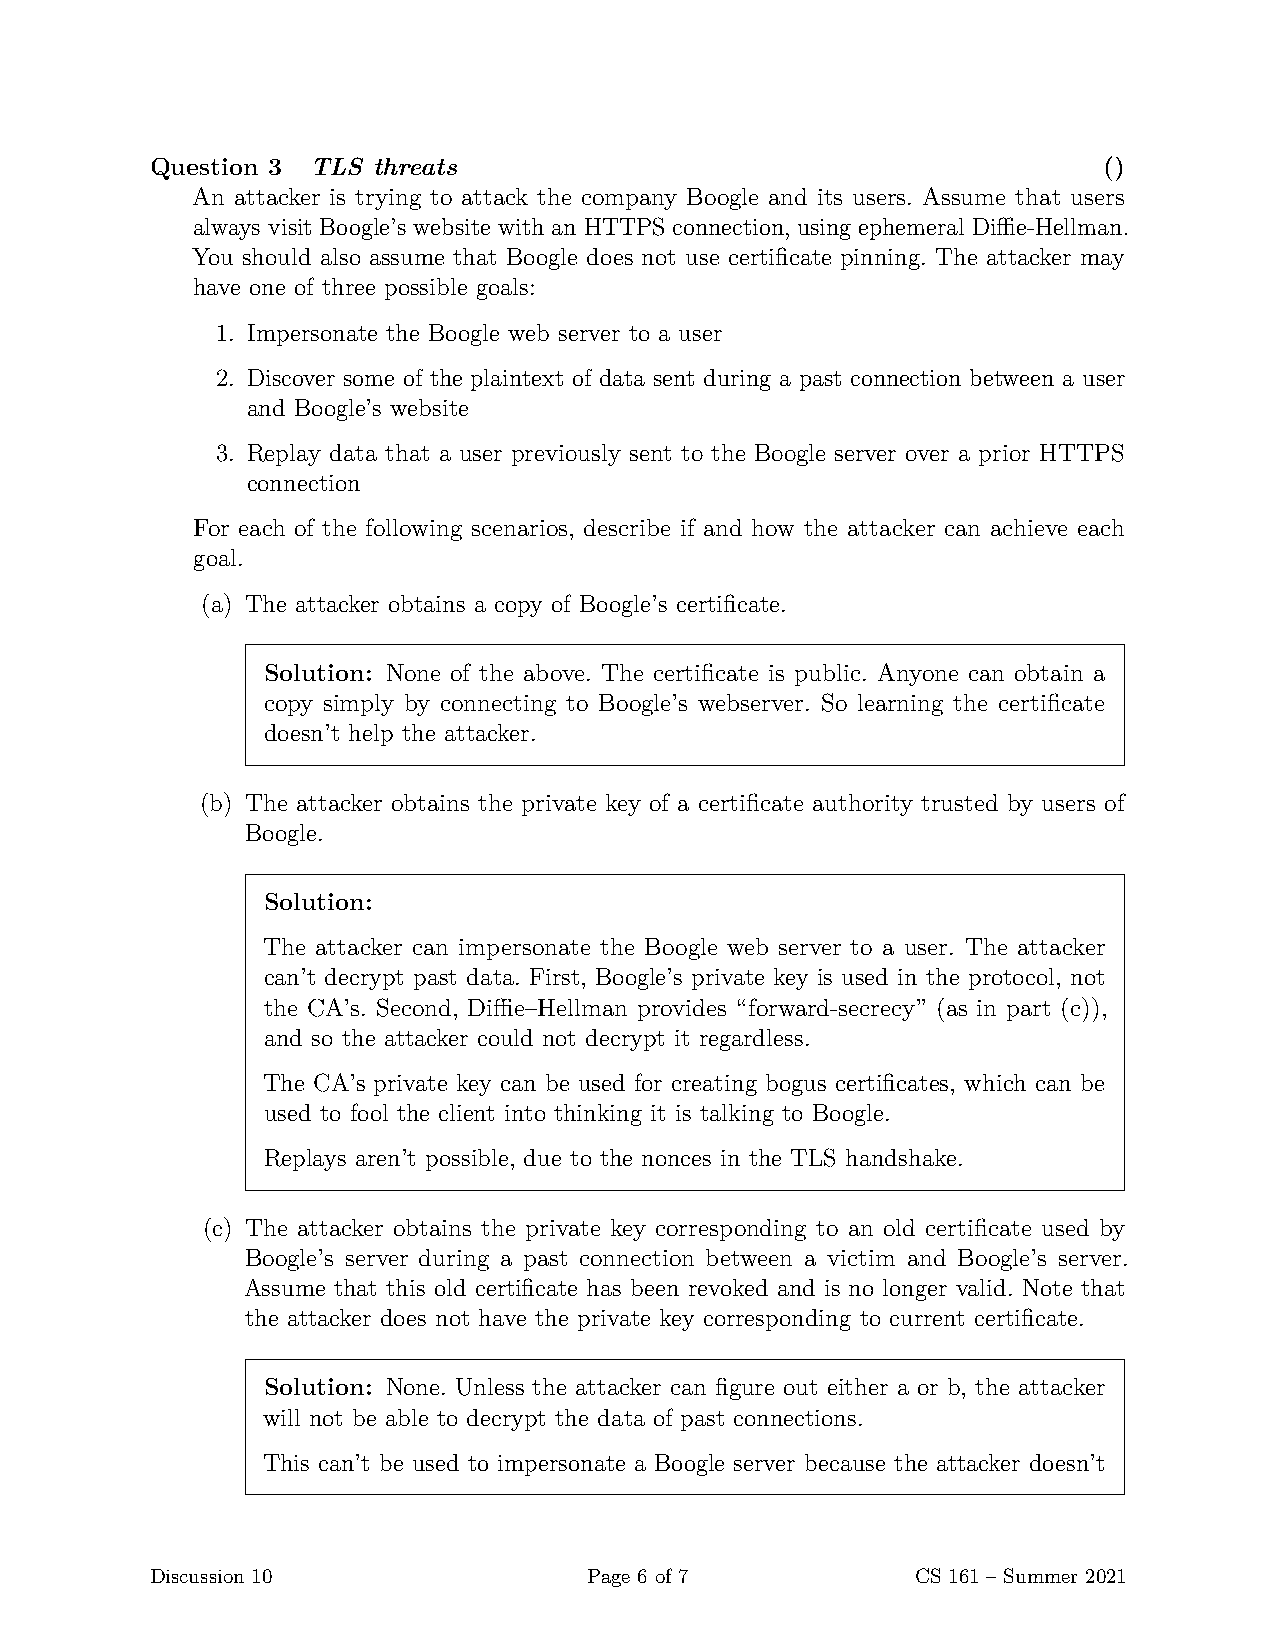
Question 3 TLS threats                                         ()
 An attacker is trying to attack the company Boogle and its users. Assume that users
 always visit Boogle’s website with an HTTPS connection, using ephemeral Diffie-Hellman.
 You should also assume that Boogle does not use certificate pinning. The attacker may
 have one of three possible goals:
 1. Impersonate the Boogle web server to a user
 2. Discover some of the plaintext of data sent during a past connection between a user
 and Boogle’s website
 3. Replay data that a user previously sent to the Boogle server over a prior HTTPS
 connection
 For each of the following scenarios, describe if and how the attacker can achieve each
 goal.
 (a) The attacker obtains a copy of Boogle’s certificate.
 Solution: None of the above. The certificate is public. Anyone can obtain a
 copy simply by connecting to Boogle’s webserver. So learning the certificate
 doesn’t help the attacker.
 (b) The attacker obtains the private key of a certificate authority trusted by users of
 Boogle.
 Solution:
 The attacker can impersonate the Boogle web server to a user. The attacker
 can’t decrypt past data. First, Boogle’s private key is used in the protocol, not
 the CA’s. Second, Diffie–Hellman provides “forward-secrecy” (as in part (c)),
 and so the attacker could not decrypt it regardless.
 The CA’s private key can be used for creating bogus certificates, which can be
 used to fool the client into thinking it is talking to Boogle.
 Replays aren’t possible, due to the nonces in the TLS handshake.
 (c) The attacker obtains the private key corresponding to an old certificate used by
 Boogle’s server during a past connection between a victim and Boogle’s server.
 Assume that this old certificate has been revoked and is no longer valid. Note that
 the attacker does not have the private key corresponding to current certificate.
 Solution: None. Unless the attacker can figure out either a or b, the attacker
 will not be able to decrypt the data of past connections.
 This can’t be used to impersonate a Boogle server because the attacker doesn’t
 Discussion 10                Page 6 of 7           CS 161 – Summer 2021